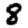
Digit: 8